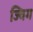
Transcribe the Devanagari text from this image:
ज्विग